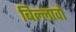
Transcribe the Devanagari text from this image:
बिल्लावों